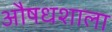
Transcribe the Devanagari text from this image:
औषधशाला